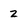
Character: Z